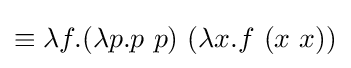
\equiv \lambda f.(\lambda p.p\ p)\ (\lambda x.f\ (x\ x))